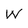
Character: W